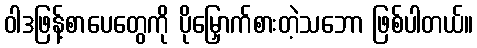
ဝါဒဖြန့်စာပေတွေကို ပိုမြှောက်စားတဲ့သဘော ဖြစ်ပါတယ်။